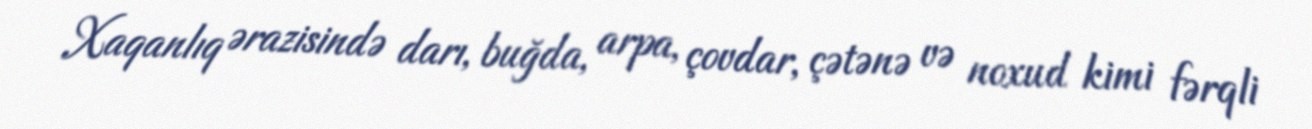
Xaqanlıq ərazisində darı, buğda, arpa, çovdar, çətənə və noxud kimi fərqli